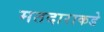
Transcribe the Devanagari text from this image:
मतदाराकडे